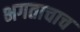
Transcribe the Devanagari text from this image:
भगताचाच